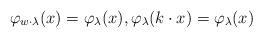
LaTeX: \begin{align*}\varphi_{w\cdot\lambda}(x)=\varphi_\lambda(x),\varphi_\lambda(k\cdot x)=\varphi_\lambda(x)\end{align*}